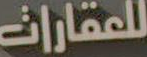
للعقارات